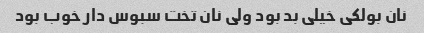
نان بولکی خیلی بد بود ولی نان تخت سبوس دار خوب بود